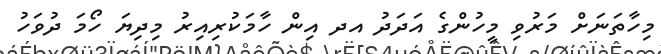
މިހާތަނަށް މަރުވި މީހުންގެ އަދަދު އދ އިން ހާމަކުރިިއިރު މިދިޔަ ހޯމަ ދުވަހު